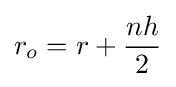
r_{o}=r+{\frac {nh}{2}}